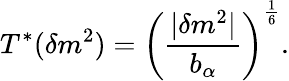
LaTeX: T^{*}(\delta m^{2})=\left({\frac{|\delta m^{2}|}{b_{\alpha}}}\right)^{\frac{1}{6}}.